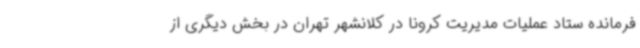
فرمانده ستاد عملیات مدیریت کرونا در کلانشهر تهران در بخش دیگری از